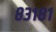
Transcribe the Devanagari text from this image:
८३१८१